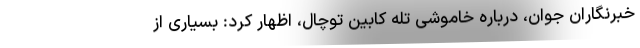
خبرنگاران جوان، درباره خاموشی تله کابین توچال، اظهار کرد: بسیاری از